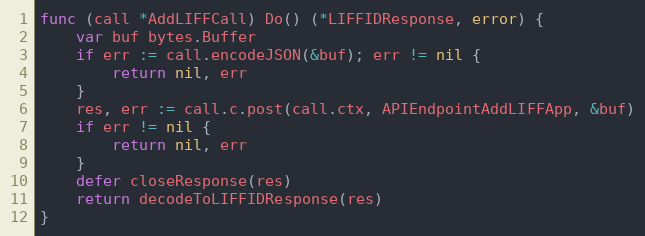
Language: Go
func (call *AddLIFFCall) Do() (*LIFFIDResponse, error) {
	var buf bytes.Buffer
	if err := call.encodeJSON(&buf); err != nil {
		return nil, err
	}
	res, err := call.c.post(call.ctx, APIEndpointAddLIFFApp, &buf)
	if err != nil {
		return nil, err
	}
	defer closeResponse(res)
	return decodeToLIFFIDResponse(res)
}